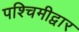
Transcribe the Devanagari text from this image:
पश्चिमीद्वार